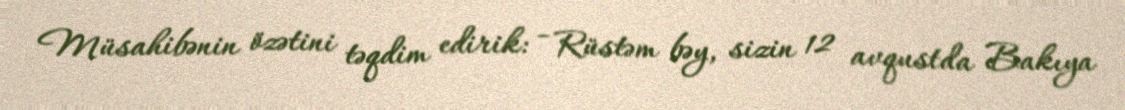
Müsahibənin özətini təqdim edirik: - Rüstəm bəy, sizin 12 avqustda Bakıya